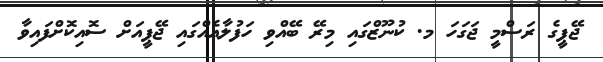
ޖޭޕީގެ ރަސްމީ ޖަގަހަ މ. ކުނޫޒްގައި މިރޭ ބޭއްވި ހަފުލާއެއްގައި ޖޭޕީއަށް ސޮއިކޮށްފައިވާ